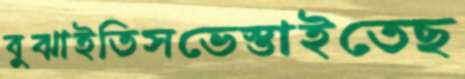
বুঝাইতিসভেস্তাইতেছ